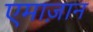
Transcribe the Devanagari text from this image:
एमाज़ान